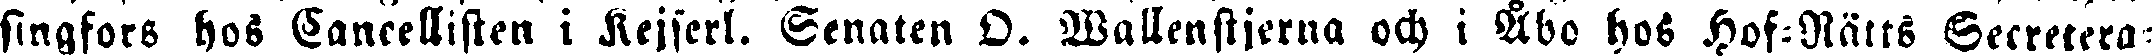
singfors hos Cancellisten i Kejserl. Senaten O. Wallenstjerna och i Åbo hos Hof-Rätts Secretera-